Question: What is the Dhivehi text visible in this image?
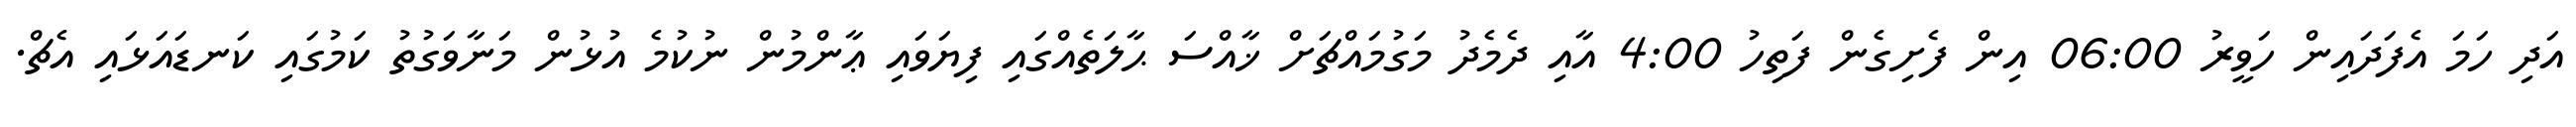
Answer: އަދި ހަމަ އެފަދައިން ހަވީރު 06:00 އިން ފެށިގެން ފަތިހު 4:00 އާއި ދެމެދު މަގުމައްޗަށް ޚާއްސަ ޙާލަތެއްގައި ފިޔަވައި ޢާންމުން ނުކުމެ އުޅުން މަނާވަގުތު ކަމުގައި ކަނޑައަޅައި އެޗް.